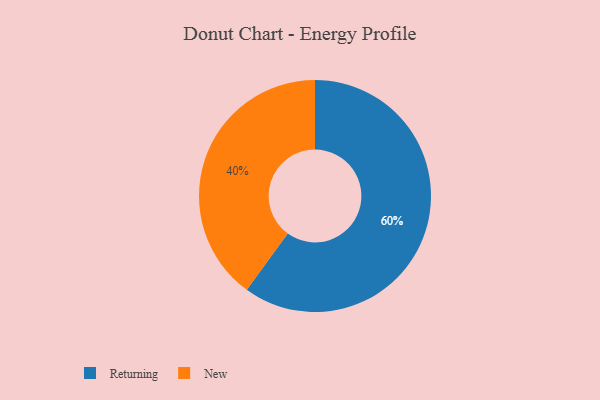
{"axis": {"x": "Category", "y": "Percentage"}, "legend": ["New", "Returning"], "data": [{"x": "New", "y": 40, "type": "New"}, {"x": "Returning", "y": 60, "type": "Returning"}]}